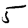
Digit: 5